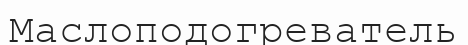
Маслоподогреватель